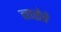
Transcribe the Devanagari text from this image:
नाळेचे